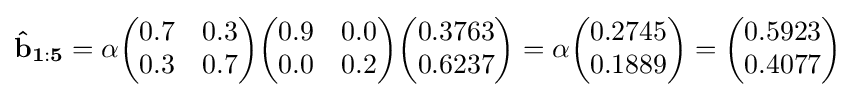
\mathbf {{\hat {b}}_{1:5}} =\alpha {\begin{pmatrix}0.7&0.3\\0.3&0.7\end{pmatrix}}{\begin{pmatrix}0.9&0.0\\0.0&0.2\end{pmatrix}}{\begin{pmatrix}0.3763\\0.6237\end{pmatrix}}=\alpha {\begin{pmatrix}0.2745\\0.1889\end{pmatrix}}={\begin{pmatrix}0.5923\\0.4077\end{pmatrix}}